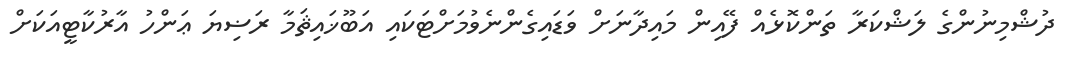
ދުޝްމިނުންގެ ލަޝްކަރާ ތަންކޮޅެއް ފޭއިން މައިދާނަށް ވަޑައިގެންނެވުމަށްޓަކައި އަބޫޚައިޘަމާ ރަޟިޔަ ޢަންހު އާރުކާޓީއަކަށް